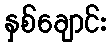
နှစ်ချောင်း